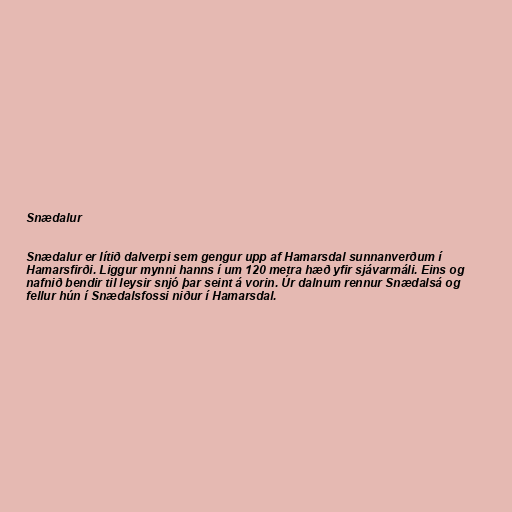
Snædalur

Snædalur er lítið dalverpi sem gengur upp af Hamarsdal sunnanverðum í
Hamarsfirði. Liggur mynni hanns í um 120 metra hæð yfir sjávarmáli. Eins og
nafnið bendir til leysir snjó þar seint á vorin. Úr dalnum rennur Snædalsá og
fellur hún í Snædalsfossi niður í Hamarsdal.